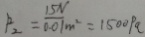
P _ { 2 } = \frac { 1 5 N } { 0 . 0 1 } _ { m ^ { 2 } } = 1 5 0 0 P a